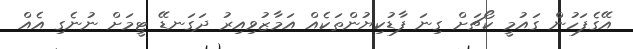
އޭގެފަހުން ގައުމީ ކޯޗަށް ގިނަ ފާޑުކިޔުންތަކެއް އަމާޒުވިއިރު ދަގަނޑޭ ޓީމަށް ނުނެގި އެއް